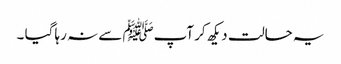
یہ حالت دیکھ کر آپﷺ سے نہ رہا گیا ۔